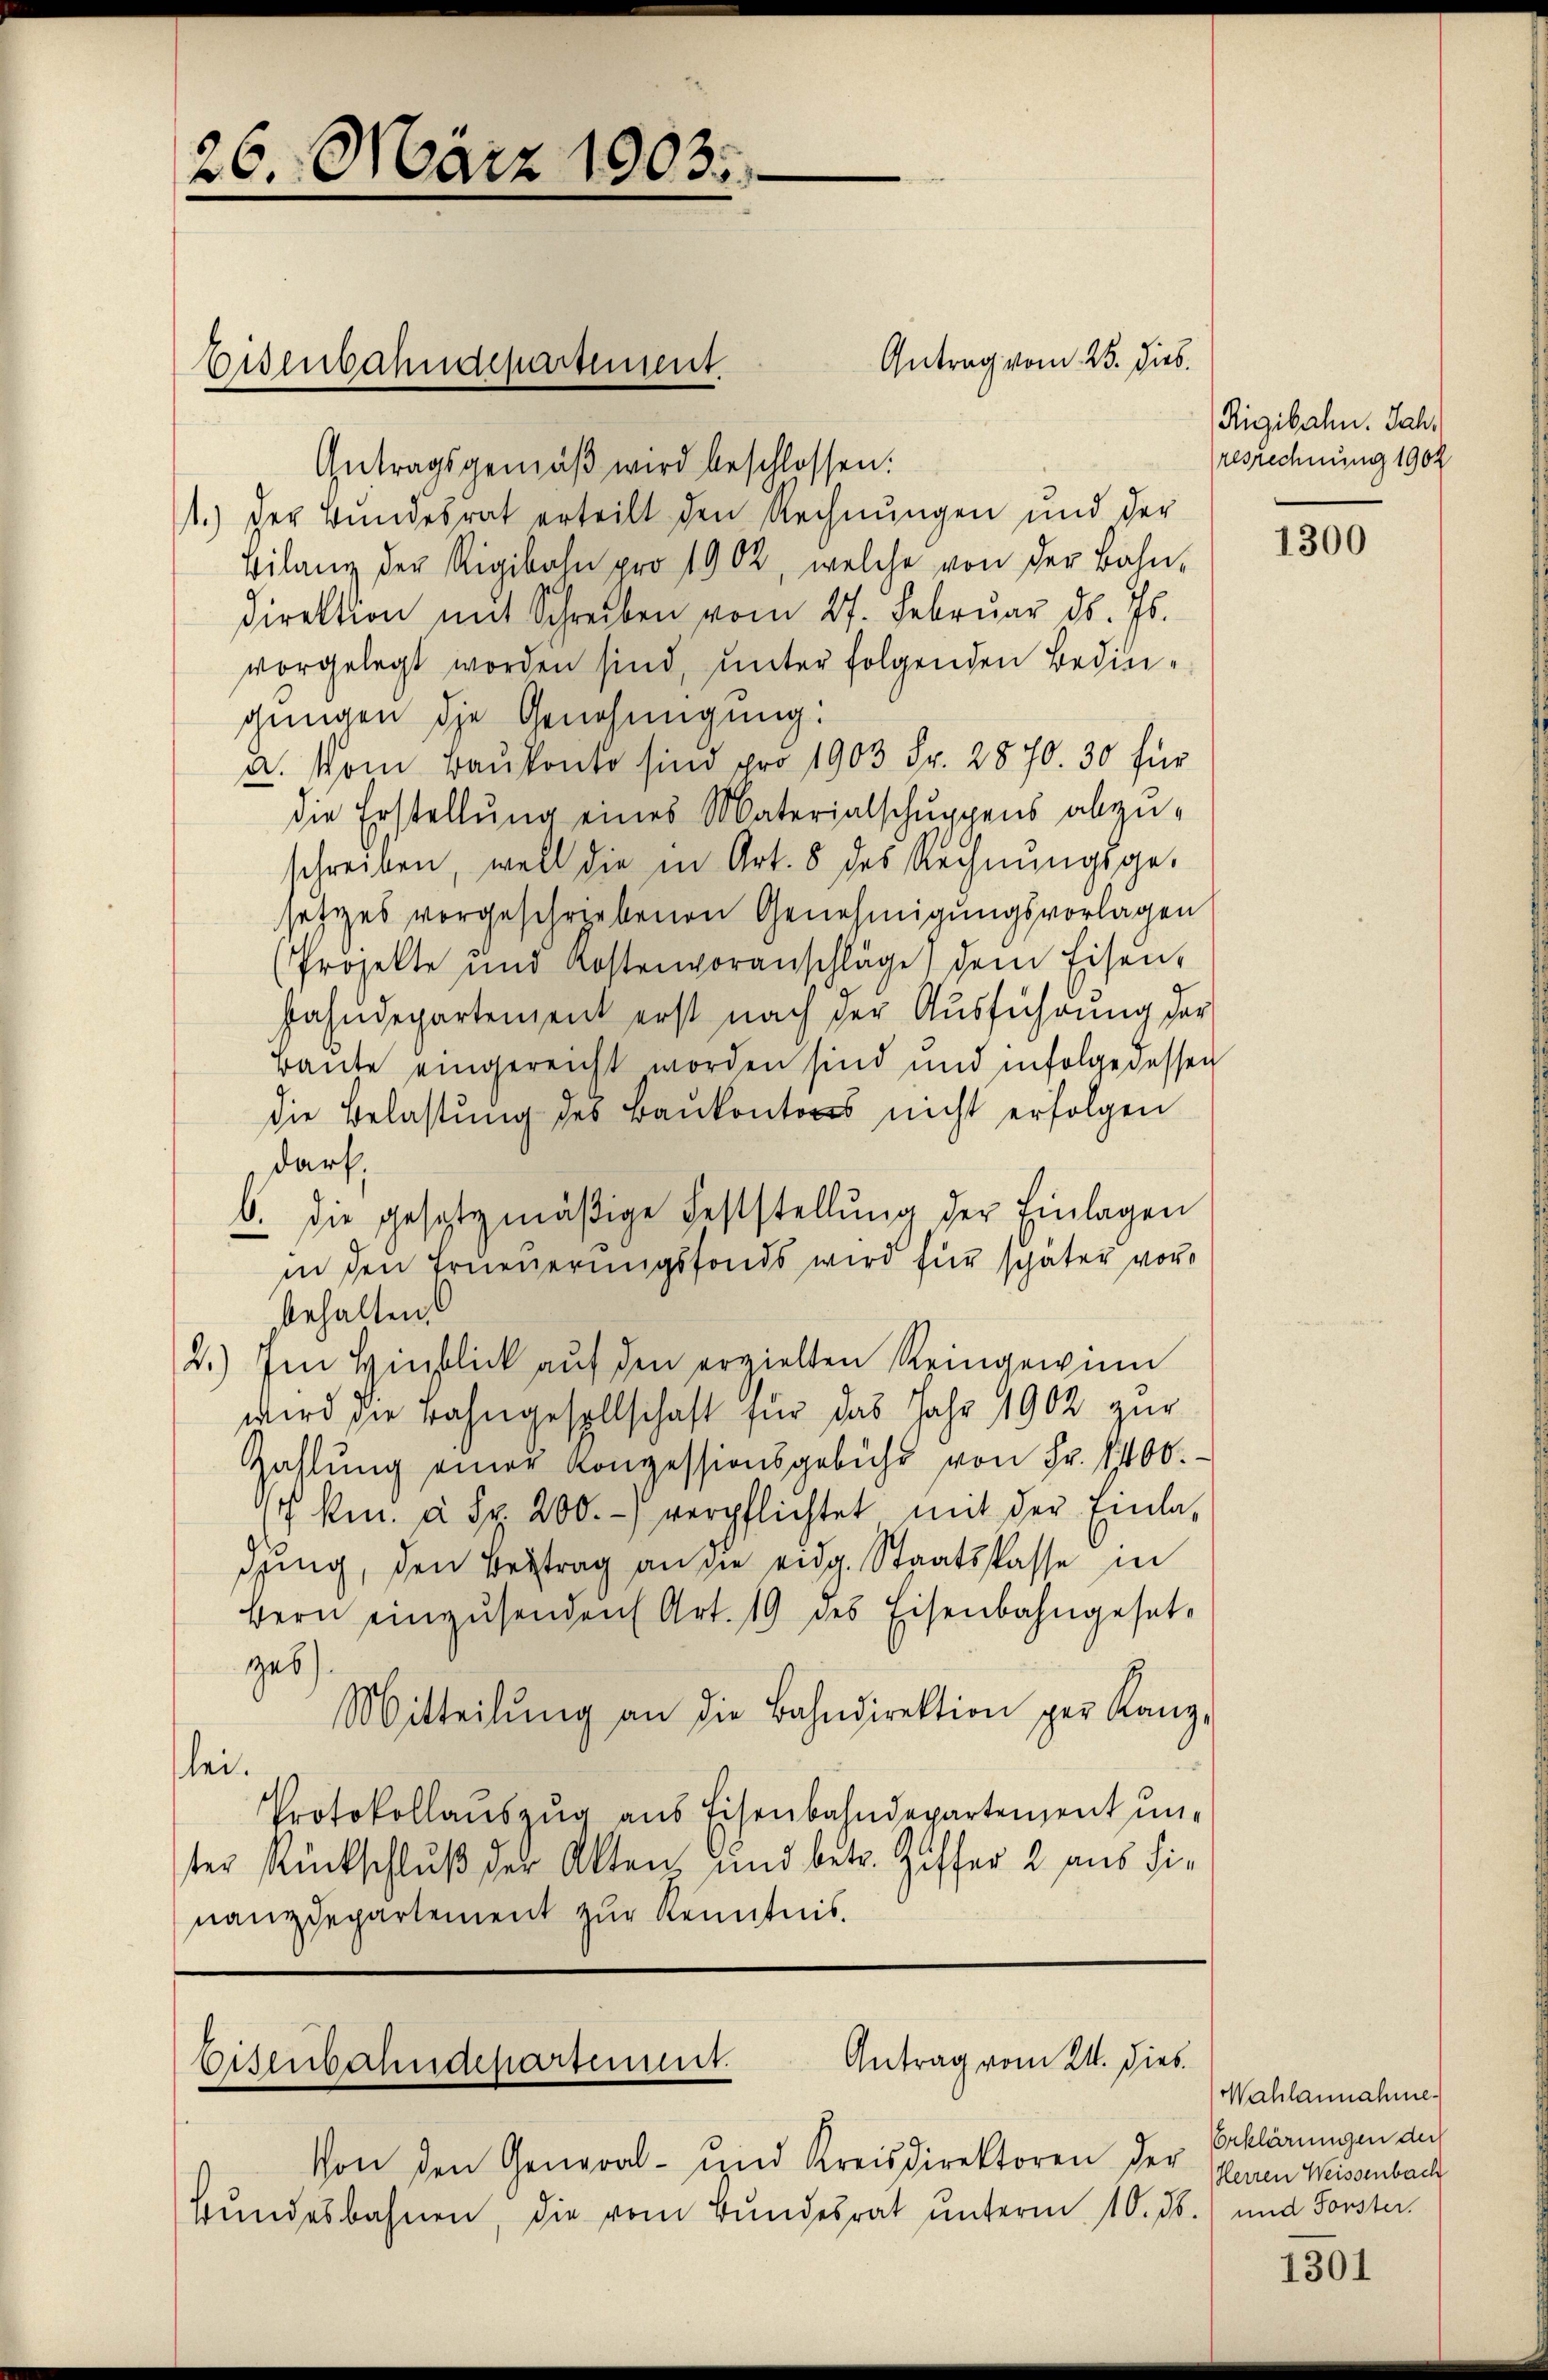
26. März 1903.

Getragsgemäβ wird beschlossen:
1.) Der Bundesrat erteilt den Rechnungen und der
Bilanz der Rigibahn pro 1902, welche von der Bahn,
Direktion mit Schreiben vom 27. Februar d. Js.
vorgelegt worden sind, unter folgenden Bedingungen die Genehmigung:
X. Vom Baukonto sind pro 1903 Fr. 2870. 30 für
die Erstellung eines Materialschuppens abzuschreiben, well die in Art. 8 des Rechnŭngsge-
setztes vorgeschriebenen Genehmigungsvorlagen
Projekte und Kostenvoranschläge dem Eisen,
Pahndepartement erst nach der Ausführung der
Baute eingereicht worden sind und infolge dessen
die Belastung des Baŭkontons nicht erfolgen
darf,
b. die gesetzmäßige Feststellung der Einlagen
in den Erneuerungsfonds wird für schäter vorbehalten.
2.) Im Hinblick aŭf den erzielten Reingewinn
wird die Bahngesellschaft für das Jahr 1902 zur
Zahlŭng einer Konzessionsgebühr von Fr. 1400.
( km. à Fr. 200.-) verpflichtet mit der Einla-
dung, den Beitrag an die eidg. Staatskasse in
Bern einzŭsenden Art. 19 des Eisenbahngesetz
zub
Mitteilŭng an die Bahndirektion per Kanz-
lei.
Protokollauszug aus Eisenbahndepartement unter Rückschluß der Akten, und betr. Ziffer 2 aus die
nanzdepartement zur Kenntnis.

Eisenbahndepartement.

Von den General- und Kreisdirektoren der
Bundesbahnen, die vom Bundesrat unterm 10. ds.

Antrag vom 23. Dieb

Eisenbahndepartement. Antrag vom 21. dies

Rigibahn. Jahresrechnung 1902

1300

Wahlannahme.
Erklärungen der
Herren Weissenbach
und Forster.

1301